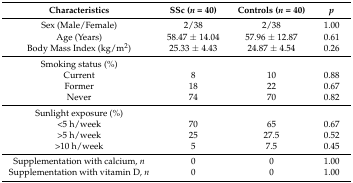
<table><thead><tr><td><b>Characteristics</b></td><td><b>SSc (<i>n</i> = 40)</b></td><td><b>Controls (<i>n</i> = 40)</b></td><td><b><i>p</i></b></td></tr></thead><tbody><tr><td>Sex (Male/Female)</td><td>2/38</td><td>2/38</td><td>1.00</td></tr><tr><td>Age (Years)</td><td>58.47 ± 14.04</td><td>57.96 ± 12.87</td><td>0.61</td></tr><tr><td>Body Mass Index (kg/m<sup>2</sup>)</td><td>25.33 ± 4.43</td><td>24.87 ± 4.54</td><td>0.26</td></tr><tr><td>Smoking status (%)</td><td>[EMPTY_CELL]</td><td>[EMPTY_CELL]</td><td>[EMPTY_CELL]</td></tr><tr><td>Current</td><td>8</td><td>10</td><td>0.88</td></tr><tr><td>Former</td><td>18</td><td>22</td><td>0.67</td></tr><tr><td>Never</td><td>74</td><td>70</td><td>0.82</td></tr><tr><td>Sunlight exposure (%)</td><td>[EMPTY_CELL]</td><td>[EMPTY_CELL]</td><td>[EMPTY_CELL]</td></tr><tr><td>&lt;5 h/week</td><td>70</td><td>65</td><td>0.67</td></tr><tr><td>&gt;5 h/week</td><td>25</td><td>27.5</td><td>0.52</td></tr><tr><td>&gt;10 h/week</td><td>5</td><td>7.5</td><td>0.45</td></tr><tr><td>Supplementation with calcium, <i>n</i></td><td>0</td><td>0</td><td>1.00</td></tr><tr><td>Supplementation with vitamin D, <i>n</i></td><td>0</td><td>0</td><td>1.00</td></tr></tbody></table>